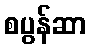
စပွန်ဆာ